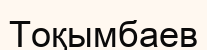
Тоқымбаев